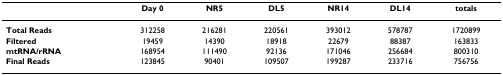
<table><thead><tr><td></td><td><b>Day 0</b></td><td><b>NR5</b></td><td><b>DL5</b></td><td><b>NR14</b></td><td><b>DL14</b></td><td><b>totals</b></td></tr></thead><tbody><tr><td><b>Total Reads</b></td><td>312258</td><td>216281</td><td>220561</td><td>393012</td><td>578787</td><td>1720899</td></tr><tr><td><b>Filtered</b></td><td>19459</td><td>14390</td><td>18918</td><td>22679</td><td>88387</td><td>163833</td></tr><tr><td><b>mtRNA/rRNA</b></td><td>168954</td><td>111490</td><td>92136</td><td>171046</td><td>256684</td><td>800310</td></tr><tr><td><b>Final Reads</b></td><td>123845</td><td>90401</td><td>109507</td><td>199287</td><td>233716</td><td>756756</td></tr></tbody></table>